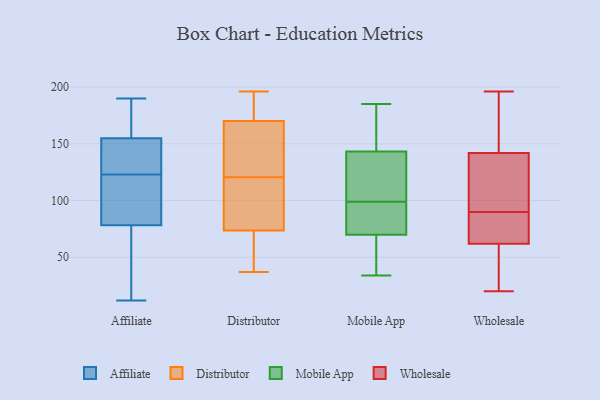
{"axis": {"x": "Waste Production (Tons)", "y": "Value"}, "legend": ["Affiliate", "Distributor", "Mobile App", "Wholesale"], "data": [{"x": "", "y": 106, "type": "Affiliate"}, {"x": "", "y": 134, "type": "Affiliate"}, {"x": "", "y": 71, "type": "Affiliate"}, {"x": "", "y": 12, "type": "Affiliate"}, {"x": "", "y": 156, "type": "Affiliate"}, {"x": "", "y": 190, "type": "Affiliate"}, {"x": "", "y": 100, "type": "Affiliate"}, {"x": "", "y": 123, "type": "Affiliate"}, {"x": "", "y": 42, "type": "Affiliate"}, {"x": "", "y": 61, "type": "Affiliate"}, {"x": "", "y": 152, "type": "Affiliate"}, {"x": "", "y": 103, "type": "Affiliate"}, {"x": "", "y": 190, "type": "Affiliate"}, {"x": "", "y": 174, "type": "Affiliate"}, {"x": "", "y": 124, "type": "Affiliate"}, {"x": "", "y": 164, "type": "Distributor"}, {"x": "", "y": 196, "type": "Distributor"}, {"x": "", "y": 115, "type": "Distributor"}, {"x": "", "y": 61, "type": "Distributor"}, {"x": "", "y": 126, "type": "Distributor"}, {"x": "", "y": 183, "type": "Distributor"}, {"x": "", "y": 138, "type": "Distributor"}, {"x": "", "y": 188, "type": "Distributor"}, {"x": "", "y": 50, "type": "Distributor"}, {"x": "", "y": 176, "type": "Distributor"}, {"x": "", "y": 103, "type": "Distributor"}, {"x": "", "y": 189, "type": "Distributor"}, {"x": "", "y": 37, "type": "Distributor"}, {"x": "", "y": 148, "type": "Distributor"}, {"x": "", "y": 83, "type": "Distributor"}, {"x": "", "y": 64, "type": "Distributor"}, {"x": "", "y": 40, "type": "Distributor"}, {"x": "", "y": 134, "type": "Distributor"}, {"x": "", "y": 113, "type": "Distributor"}, {"x": "", "y": 95, "type": "Distributor"}, {"x": "", "y": 99, "type": "Mobile App"}, {"x": "", "y": 44, "type": "Mobile App"}, {"x": "", "y": 66, "type": "Mobile App"}, {"x": "", "y": 92, "type": "Mobile App"}, {"x": "", "y": 153, "type": "Mobile App"}, {"x": "", "y": 140, "type": "Mobile App"}, {"x": "", "y": 114, "type": "Mobile App"}, {"x": "", "y": 99, "type": "Mobile App"}, {"x": "", "y": 71, "type": "Mobile App"}, {"x": "", "y": 34, "type": "Mobile App"}, {"x": "", "y": 178, "type": "Mobile App"}, {"x": "", "y": 71, "type": "Mobile App"}, {"x": "", "y": 185, "type": "Mobile App"}, {"x": "", "y": 142, "type": "Wholesale"}, {"x": "", "y": 131, "type": "Wholesale"}, {"x": "", "y": 63, "type": "Wholesale"}, {"x": "", "y": 98, "type": "Wholesale"}, {"x": "", "y": 40, "type": "Wholesale"}, {"x": "", "y": 169, "type": "Wholesale"}, {"x": "", "y": 20, "type": "Wholesale"}, {"x": "", "y": 62, "type": "Wholesale"}, {"x": "", "y": 82, "type": "Wholesale"}, {"x": "", "y": 183, "type": "Wholesale"}, {"x": "", "y": 116, "type": "Wholesale"}, {"x": "", "y": 196, "type": "Wholesale"}, {"x": "", "y": 81, "type": "Wholesale"}, {"x": "", "y": 26, "type": "Wholesale"}]}